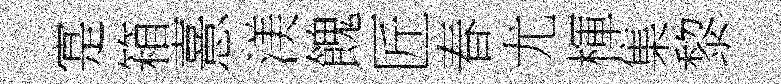
寔箱憙渼餽匠春尤楎集黎